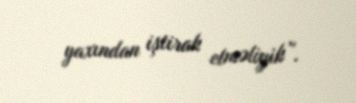
yaxından iştirak etməliyik”.